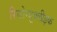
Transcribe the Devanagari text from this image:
रिबोन्यूक्लीइक